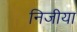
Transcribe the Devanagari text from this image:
निजीया